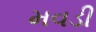
મવડી